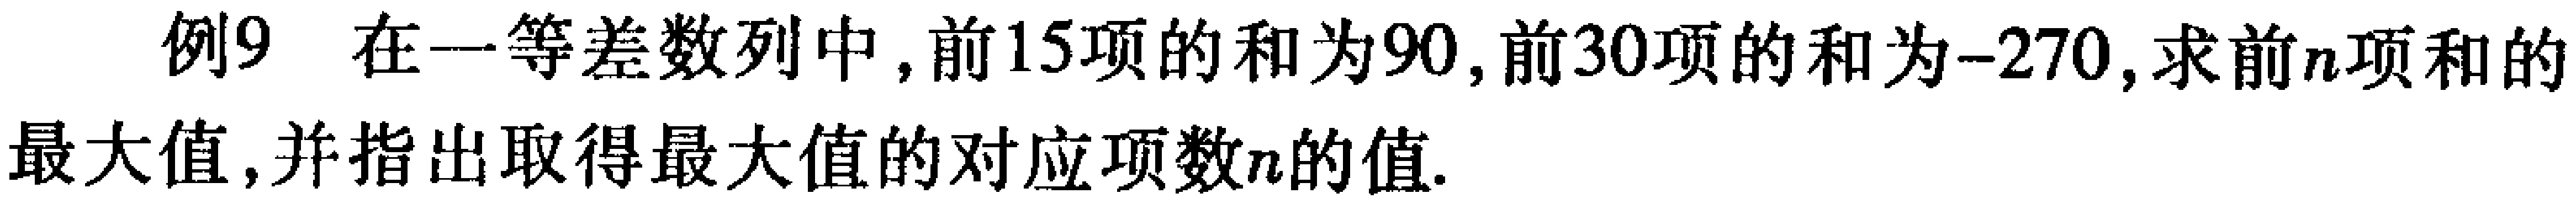
例9 在一等差数列中, 前15项的和为90, 前30项的和为-270, 求前\(n\)项和的最大值, 并指出取得最大值的对应项数\(n\)的值.